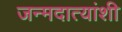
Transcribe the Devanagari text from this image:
जन्मदात्यांशी